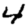
Digit: 4